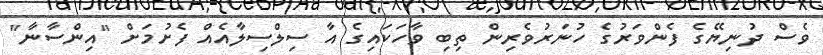
ވެސް ދުނިޔޭގެ ފެންވަރުގެ ހުނަރުވެރިން ތިބި ވާހަކައިގެ އާ ސިލްސިލާއެއް ފެށުމަށް "އިންސާނާ"